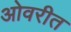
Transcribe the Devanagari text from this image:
ओवरीत